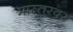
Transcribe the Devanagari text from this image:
मास्तरवर